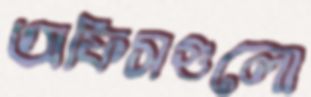
অফিসগুলো